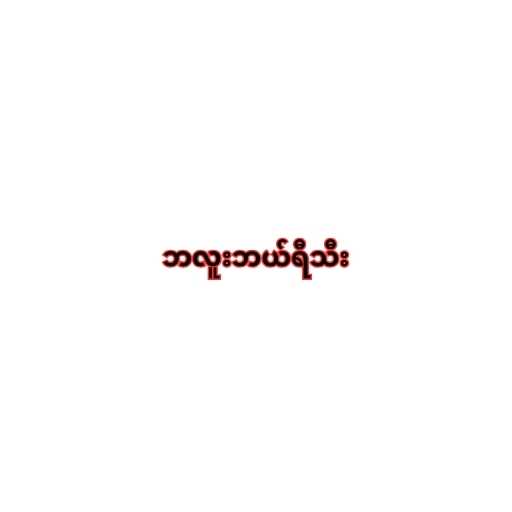
ဘလူးဘယ်ရီသီး